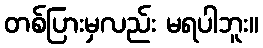
တစ်ပြားမှလည်း မရပါဘူး။